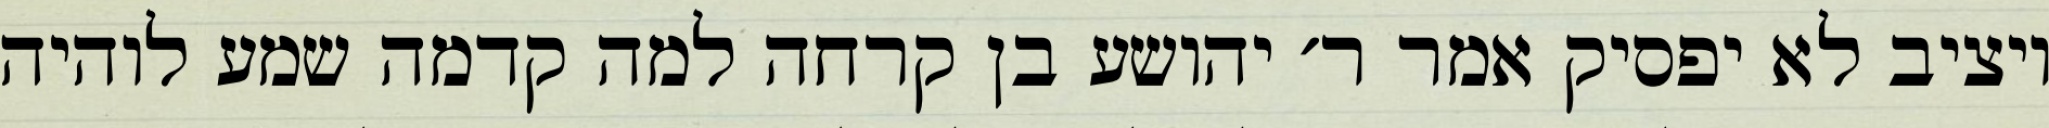
ויציב לא יפסיק אמר ר׳ יהושע בן קרחה למה קדמה שמע לוהיה